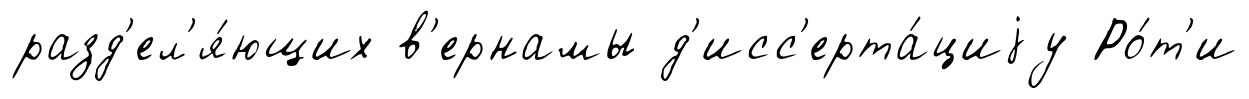
разд'ел'я́ющих в'ернамы д'исс'ерта́циjу Ро́т'и